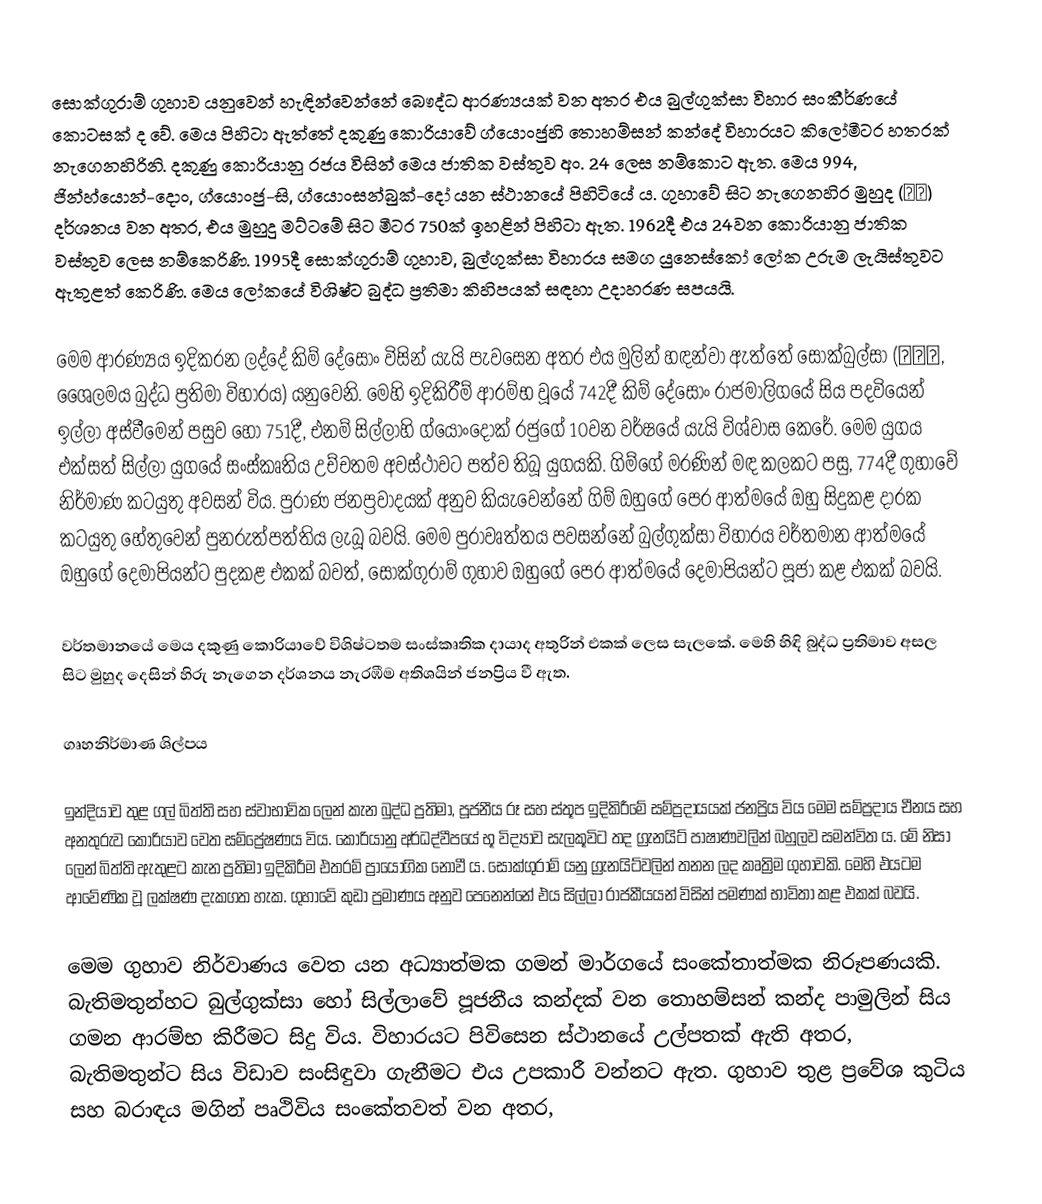
සොක්ගුරාම් ගුහාව යනුවෙන් හැඳින්වෙන්නේ බෞද්ධ ආරණ්‍යයක් වන අතර එය බුල්ගුක්සා විහාර සංකීර්ණයේ කොටසක් ද වේ. මෙය පිහිටා ඇත්තේ දකුණු කොරියාවේ ග්යොංජුහි තොහම්සන් කන්දේ විහාරයට කිලෝමීටර හතරක් නැගෙනහිරිනි. දකුණු කොරියානු රජය විසින් මෙය ජාතික වස්තුව අං. 24 ලෙස නම්කොට ඇත. මෙය 994, ජින්හ්යොන්-දොං, ග්යොංජු-සි, ග්යොංසන්බුක්-දෝ යන ස්ථානයේ පිහිටියේ ය. ගුහාවේ සිට නැගෙනහිර මුහුද (동해) දර්ශනය වන අතර, එය මුහුදු මට්ටමේ සිට මීටර 750ක් ඉහළින් පිහිටා ඇත. 1962දී එය 24වන කොරියානු ජාතික වස්තුව ලෙස නම්කෙරිණි. 1995දී සොක්ගුරාම් ගුහාව, බුල්ගුක්සා විහාරය සමග යුනෙස්කෝ ලෝක උරුම ලැයිස්තුවට ඇතුළත් කෙරිණි. මෙය ලෝකයේ විශිෂ්ට බුද්ධ ප්‍රතිමා කිහිපයක් සඳහා උදාහරණ සපයයි.

මෙම ආරණ්‍යය ඉදිකරන ලද්දේ කිම් දේසොං විසින් යැයි පැවසෙන අතර එය මුලින් හඳන්වා ඇත්තේ සොක්බුල්සා (석불사, ශෛලමය බුද්ධ ප්‍රතිමා විහාරය) යනුවෙනි. මෙහි ඉදිකිරීම් ආරම්භ වූයේ 742දී කිම් දේසොං රාජමාලිගයේ සිය පදවියෙන් ඉල්ලා අස්වීමෙන් පසුව හෝ 751දී, එනම් සිල්ලාහි ග්යොංදොක් රජුගේ 10වන වර්ෂයේ යැයි විශ්වාස කෙරේ. මෙම යුගය එක්සත් සිල්ලා යුගයේ සංස්කෘතිය උච්චතම අවස්ථාවට පත්ව තිබූ යුගයකි. ගිම්ගේ මරණින් මඳ කලකට පසු, 774දී ගුහාවේ නිර්මාණ කටයුතු අවසන් විය. පුරාණ ජනප්‍රවාදයක් අනුව කියැවෙන්නේ ගිම් ඔහුගේ පෙර ආත්මයේ ඔහු සිදුකළ දාරක කටයුතු හේතුවෙන් පුනරුත්පත්තිය ලැබූ බවයි. මෙම පුරාවෘත්තය පවසන්නේ බුල්ගුක්සා විහාරය වර්තමාන ආත්මයේ ඔහුගේ දෙමාපියන්ට පුදකළ එකක් බවත්, සොක්ගුරාම් ගුහාව ඔහු‍ගේ පෙර ආත්මයේ දෙමාපියන්ට පූජා කළ එකක් බවයි.

වර්තමානයේ මෙය දකුණු කොරියාවේ විශිෂ්ටතම සංස්කෘතික දායාද අතුරින් එකක් ලෙස සැලකේ. මෙහි හිඳි බුද්ධ ප්‍රතිමාව අසල සිට මුහුද දෙසින් හිරු නැගෙන දර්ශනය නැරඹීම අතිශයින් ජනප්‍රිය වී ඇත.

ගෘහනිර්මාණ ශිල්පය

ඉන්දියාව තුළ ගල් බිත්ති සහ ස්වාභාවික ලෙන් කැන බුද්ධ ප්‍රතිමා, පූජනීය රූ සහ ස්තූප ඉදිකිරීමේ සම්ප්‍රදායයක් ජනප්‍රිය විය‍ මෙම සම්ප්‍රදාය චීනය සහ අනතුරුව කොරියාව වෙත සම්ප්‍රේෂණය විය. කොරියානු අර්ධද්වීපයේ භූ විද්‍යාව සැලකූවිට තද ග්‍රැනයිට් පාෂාණවලින් බහුලව සමන්විත ය. මේ නිසා ලෙන් බිත්ති ඇතුළට කැන ප්‍රතිමා ඉදිකිරීම එතරම් ප්‍රා‍යෝගික‍ නොවී ය. සොක්ගුරාම් යනු ග්‍රැනයිට්වලින් තනන ලද කෘත්‍රිම ගුහාවකි. මෙහි එයටම ආවේණික වූ ලක්ෂණ දැකගත හැක. ගුහාවේ කුඩා ප්‍රමාණය අනුව පෙනෙන්නේ එය සිල්ලා රාජකීයයන් විසින් පමණක් භාවිතා කළ එකක් බවයි.

මෙම ගුහාව නිර්වාණය වෙත යන අධ්‍යාත්මක ගමන් මාර්ගයේ සංකේතාත්මක නිරූපණයකි. බැතිමතුන්හට බුල්ගුක්සා හෝ සිල්ලාවේ පූජනීය කන්දක් වන තොහම්සන් කන්ද පාමුලින් සිය ගමන ආරම්භ කිරීමට සිදු විය. විහාරයට පිවිසෙන ස්ථානයේ උල්පතක් ඇති අතර, බැතිමතුන්ට සිය විඩාව සංසිඳුවා ගැනීමට එය උපකාරී වන්නට ඇත. ගුහාව තුළ ප්‍රවේශ කුටිය සහ බරාඳය මගින් පෘථිවිය සංකේතවත් වන අතර,